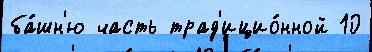
ба́шн'ю часть трад'ицио́нной 10